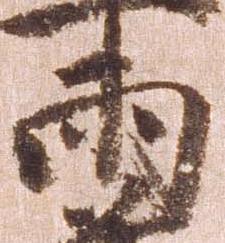
両